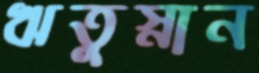
ঋতুস্নান